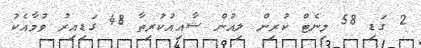
2 ގަޑި 58 މިނެޓް ކުރިން ލިއުން ޝާއިއުކުރިތާ 48 ގަޑިއިރު ވުމާއެކު